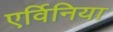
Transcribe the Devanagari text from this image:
एर्विनिया